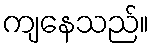
ကျနေသည်။